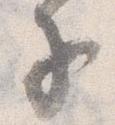
子